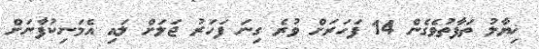
ޚިޔާލު ތަފާތުވެގެން 14 ފަހަރަށް ވުރެ ގިނަ ފަހަރު ޖަލަށް ލައި އެމަނިކުފާނަށް